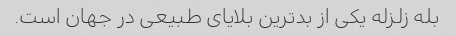
بله زلزله یکی از بدترین بلایای طبیعی در جهان است.